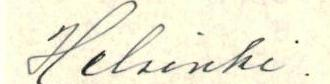
Helsinki.